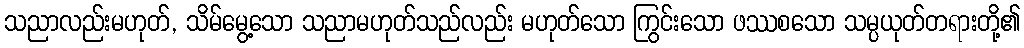
သညာလည်းမဟုတ်, သိမ်မွေ့သော သညာမဟုတ်သည်လည်း မဟုတ်သော ကြွင်းသော ဖဿစသော သမ္ပယုတ်တရားတို့၏